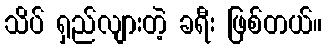
သိပ် ရှည်လျားတဲ့ ခရီး ဖြစ်တယ်။